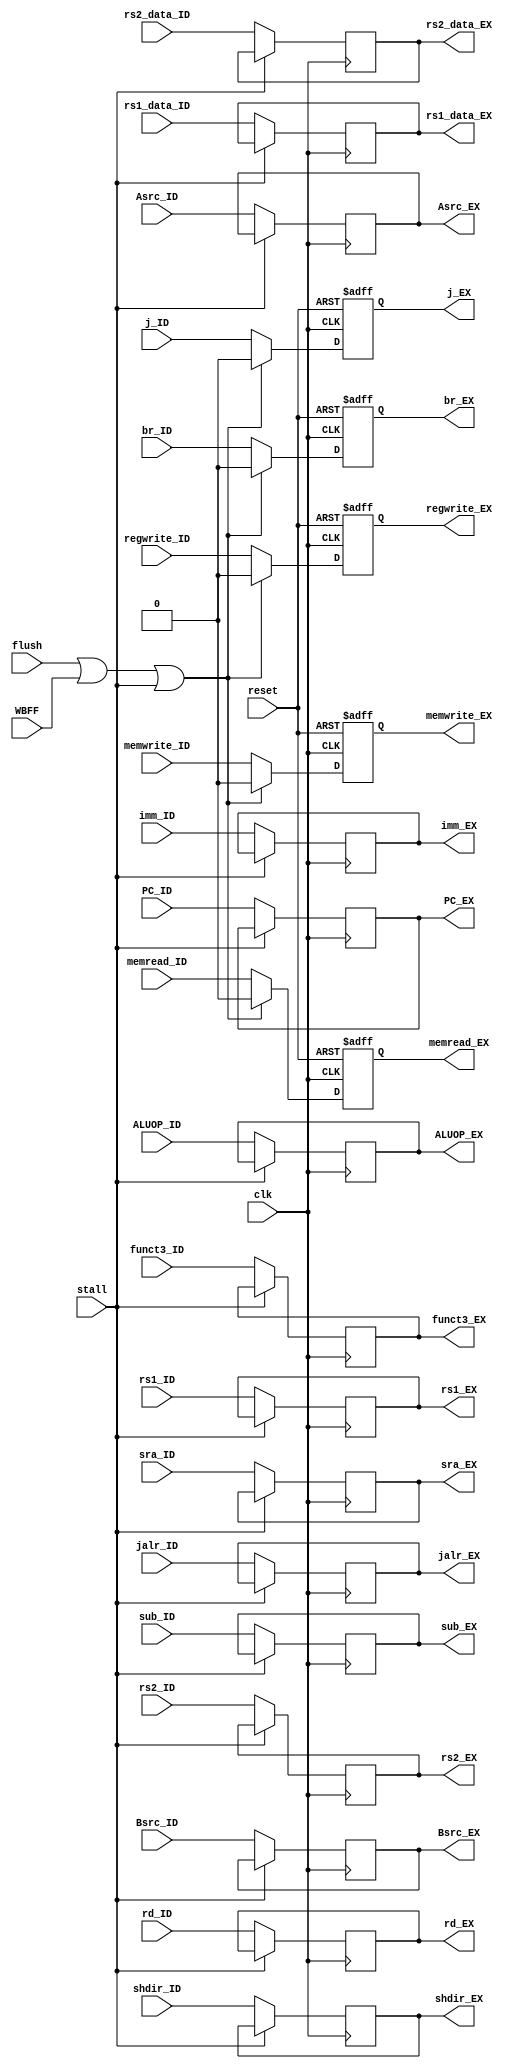
module ID_EX_stage(
    input clk,
    input reset,
    input stall,
    input flush,
    input WBFF,

    input memread_ID,
    input memwrite_ID,
    input regwrite_ID,
    input j_ID,
    input br_ID,

    input [31:0] PC_ID,
    input [4:0] rs1_ID,
    input [4:0] rs2_ID,
    input [4:0] rd_ID,
    input [31:0] rs1_data_ID,
    input [31:0] rs2_data_ID,
    input jalr_ID,
    input sub_ID,
    input sra_ID,
    input shdir_ID,
    input [2:0] funct3_ID,
    input Asrc_ID,
    input Bsrc_ID,
    input [2:0] ALUOP_ID,
    input [31:0] imm_ID,
    
    output reg memread_EX,
    output reg memwrite_EX,
    output reg regwrite_EX,
    output reg j_EX,
    output reg br_EX,

    output reg [31:0] PC_EX,
    output reg [4:0] rs1_EX,
    output reg [4:0] rs2_EX,
    output reg [4:0] rd_EX,
    output reg [31:0] rs1_data_EX,
    output reg [31:0] rs2_data_EX,
    output reg jalr_EX,
    output reg sub_EX,
    output reg sra_EX,
    output reg shdir_EX,
    output reg [2:0] funct3_EX,
    output reg Asrc_EX,
    output reg Bsrc_EX,
    output reg [2:0] ALUOP_EX,
    output reg [31:0] imm_EX
    );
    
    always@(posedge clk or posedge reset) begin
        if (reset) begin
            memread_EX <= 0;
            memwrite_EX <= 0;
            regwrite_EX <= 0;
            j_EX <= 0;
            br_EX <= 0;
        end else begin
            if (flush || WBFF || stall) begin
                memread_EX <= 0;
                memwrite_EX <= 0;
                regwrite_EX <= 0;
                j_EX <= 0;
                br_EX <= 0;
            end else begin
                memread_EX <= memread_ID;
                memwrite_EX <= memwrite_ID;
                regwrite_EX <= regwrite_ID;
                j_EX <= j_ID;
                br_EX <= br_ID;
            end
        end
    end
    always@(posedge clk) begin
        if (~stall) begin
            PC_EX <= PC_ID;
            rs1_EX <= rs1_ID;
            rs2_EX <= rs2_ID;
            rd_EX <= rd_ID;
            rs1_data_EX <= rs1_data_ID;
            rs2_data_EX <= rs2_data_ID;
            jalr_EX <= jalr_ID;
            sub_EX <= sub_ID;
            sra_EX <= sra_ID;
            shdir_EX <= shdir_ID;
            Asrc_EX <= Asrc_ID;
            Bsrc_EX <= Bsrc_ID;
            funct3_EX <= funct3_ID;
            ALUOP_EX <= ALUOP_ID;
            imm_EX <= imm_ID;
        end
    end
endmodule